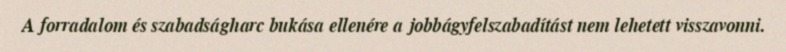
A forradalom és szabadságharc bukása ellenére a jobbágyfelszabadítást nem lehetett visszavonni.